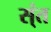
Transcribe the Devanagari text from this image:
स्ंत